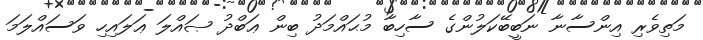
މަތިވެރި އިންސާނާ ނަބީބޭކަލުންގެ ސާހިބާ މުޙައްމަދު ބިން ޢަބްދު ޞައްލަ ޢަލައިހި ވަސައްލަމަ